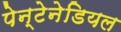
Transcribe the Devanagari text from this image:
पेन्टेनेडियल